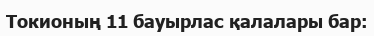
Токионың 11 бауырлас қалалары бар: